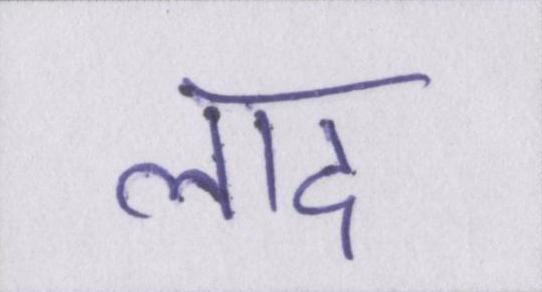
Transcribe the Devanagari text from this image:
लाद